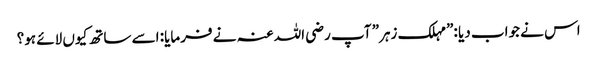
اس نے جواب دیا :”مہلک زہر” آپ رضی اللہ عنہ نے فرمایا: اسے ساتھ کیوں لائے ہو؟